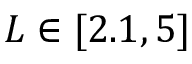
L \in [ 2 . 1 , 5 ]